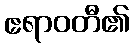
ဧရာဝတီ၏